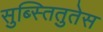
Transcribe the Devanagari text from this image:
सुब्स्तितुतेस